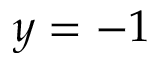
y = - 1